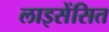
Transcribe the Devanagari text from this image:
लाइसेंसित